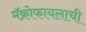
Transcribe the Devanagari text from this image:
मॅक्रोफायलाची